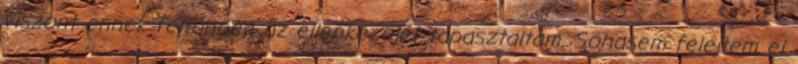
viszont ennek feltúnően az ellenkezőjét tapasztaltam. Sohasem felejtem el